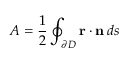
A = { \frac { 1 } { 2 } } \oint _ { \partial D } \mathbf { r } \cdot \mathbf { n } \, d s